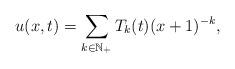
LaTeX: \begin{align*} u(x,t)=\sum\limits_{k\in \mathbb{N}_+}T_{k}(t)(x+1)^{-k},\end{align*}